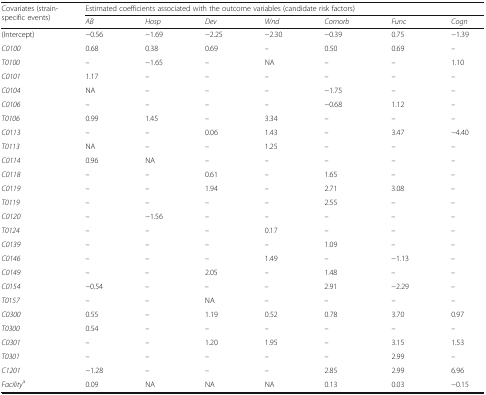
<table><thead><tr><td rowspan="2"><b>Covariates (strain-specific events)</b></td><td colspan="7"><b>Estimated coefficients associated with the outcome variables (candidate risk factors)</b></td></tr><tr><td><b><i>AB</i></b></td><td><b><i>Hosp</i></b></td><td><b><i>Dev</i></b></td><td><b><i>Wnd</i></b></td><td><b><i>Comorb</i></b></td><td><b><i>Func</i></b></td><td><b><i>Cogn</i></b></td></tr></thead><tbody><tr><td>(Intercept)</td><td>−0.56</td><td>−1.69</td><td>−2.25</td><td>−2.30</td><td>−0.39</td><td>0.75</td><td>−1.39</td></tr><tr><td><i>C0100</i></td><td>0.68</td><td>0.38</td><td>0.69</td><td>–</td><td>0.50</td><td>0.69</td><td>–</td></tr><tr><td><i>T0100</i></td><td>–</td><td>−1.65</td><td>–</td><td>NA</td><td>–</td><td>–</td><td>1.10</td></tr><tr><td><i>C0101</i></td><td>1.17</td><td>–</td><td>–</td><td>–</td><td>–</td><td>–</td><td>–</td></tr><tr><td><i>C0104</i></td><td>NA</td><td>–</td><td>–</td><td>–</td><td>−1.75</td><td>–</td><td>–</td></tr><tr><td><i>C0106</i></td><td>–</td><td>–</td><td>–</td><td>–</td><td>−0.68</td><td>1.12</td><td>–</td></tr><tr><td><i>T0106</i></td><td>0.99</td><td>1.45</td><td>–</td><td>3.34</td><td>–</td><td>–</td><td>–</td></tr><tr><td><i>C0113</i></td><td>–</td><td>–</td><td>0.06</td><td>1.43</td><td>–</td><td>3.47</td><td>−4.40</td></tr><tr><td><i>T0113</i></td><td>NA</td><td>–</td><td>–</td><td>1.25</td><td>–</td><td>–</td><td>–</td></tr><tr><td><i>C0114</i></td><td>0.96</td><td>NA</td><td>–</td><td>–</td><td>–</td><td>–</td><td>–</td></tr><tr><td><i>C0118</i></td><td>–</td><td>–</td><td>0.61</td><td>–</td><td>1.65</td><td>–</td><td>–</td></tr><tr><td><i>C0119</i></td><td>–</td><td>–</td><td>1.94</td><td>–</td><td>2.71</td><td>3.08</td><td>–</td></tr><tr><td><i>T0119</i></td><td>–</td><td>–</td><td>–</td><td>–</td><td>2.55</td><td>–</td><td>–</td></tr><tr><td><i>C0120</i></td><td>–</td><td>−1.56</td><td>–</td><td>–</td><td>–</td><td>–</td><td>–</td></tr><tr><td><i>T0124</i></td><td>–</td><td>–</td><td>–</td><td>0.17</td><td>–</td><td>–</td><td>–</td></tr><tr><td><i>C0139</i></td><td>–</td><td>–</td><td>–</td><td>–</td><td>1.09</td><td>–</td><td>–</td></tr><tr><td><i>C0146</i></td><td>–</td><td>–</td><td>–</td><td>1.49</td><td>–</td><td>−1.13</td><td>–</td></tr><tr><td><i>C0149</i></td><td>–</td><td>–</td><td>2.05</td><td>–</td><td>1.48</td><td>–</td><td>–</td></tr><tr><td><i>C0154</i></td><td>−0.54</td><td>–</td><td>–</td><td>–</td><td>2.91</td><td>−2.29</td><td>–</td></tr><tr><td><i>T0157</i></td><td>–</td><td>–</td><td>NA</td><td>–</td><td>–</td><td>–</td><td>–</td></tr><tr><td><i>C0300</i></td><td>0.55</td><td>–</td><td>1.19</td><td>0.52</td><td>0.78</td><td>3.70</td><td>0.97</td></tr><tr><td><i>T0300</i></td><td>0.54</td><td>–</td><td>–</td><td>–</td><td>–</td><td>–</td><td>–</td></tr><tr><td><i>C0301</i></td><td>–</td><td>–</td><td>1.20</td><td>1.95</td><td>–</td><td>3.15</td><td>1.53</td></tr><tr><td><i>T0301</i></td><td>–</td><td>–</td><td>–</td><td>–</td><td>–</td><td>2.99</td><td>–</td></tr><tr><td><i>C1201</i></td><td>−1.28</td><td>–</td><td>–</td><td>–</td><td>2.85</td><td>2.99</td><td>6.96</td></tr><tr><td><i>Facility</i><sup>a</sup></td><td>0.09</td><td>NA</td><td>NA</td><td>NA</td><td>0.13</td><td>0.03</td><td>−0.15</td></tr></tbody></table>